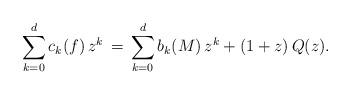
LaTeX: \begin{align*}\sum_{k=0}^d c_k(f)\, z^k \,=\, \sum_{k=0}^d b_k (M)\, z^k + (1+z)\, Q(z).\end{align*}